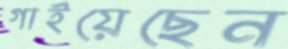
গাইয়েছেন